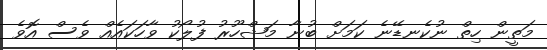
މަތީން ހިތް ނުކެނޑޭނެ ކަމަށް ބުނާ މަޝްހޫރު ފުލޯކު ވާހަކައެއް ވެސް އޮވެ